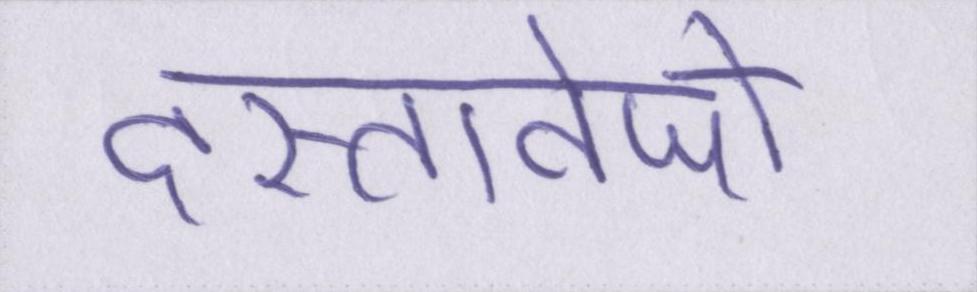
दस्तावेजों